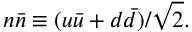
n \bar { n } \equiv ( u \bar { u } + d \bar { d } ) / \sqrt { 2 } .